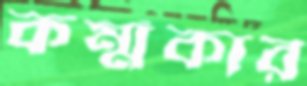
কর্ম্মকার